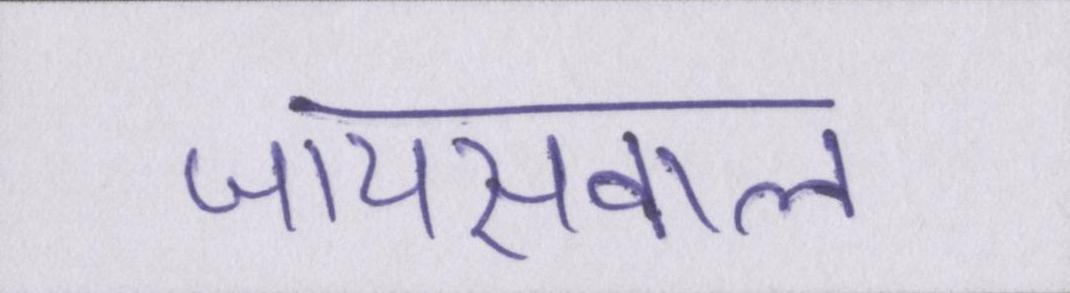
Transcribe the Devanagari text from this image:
जायसवाल